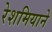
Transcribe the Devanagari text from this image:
रेशमियाने